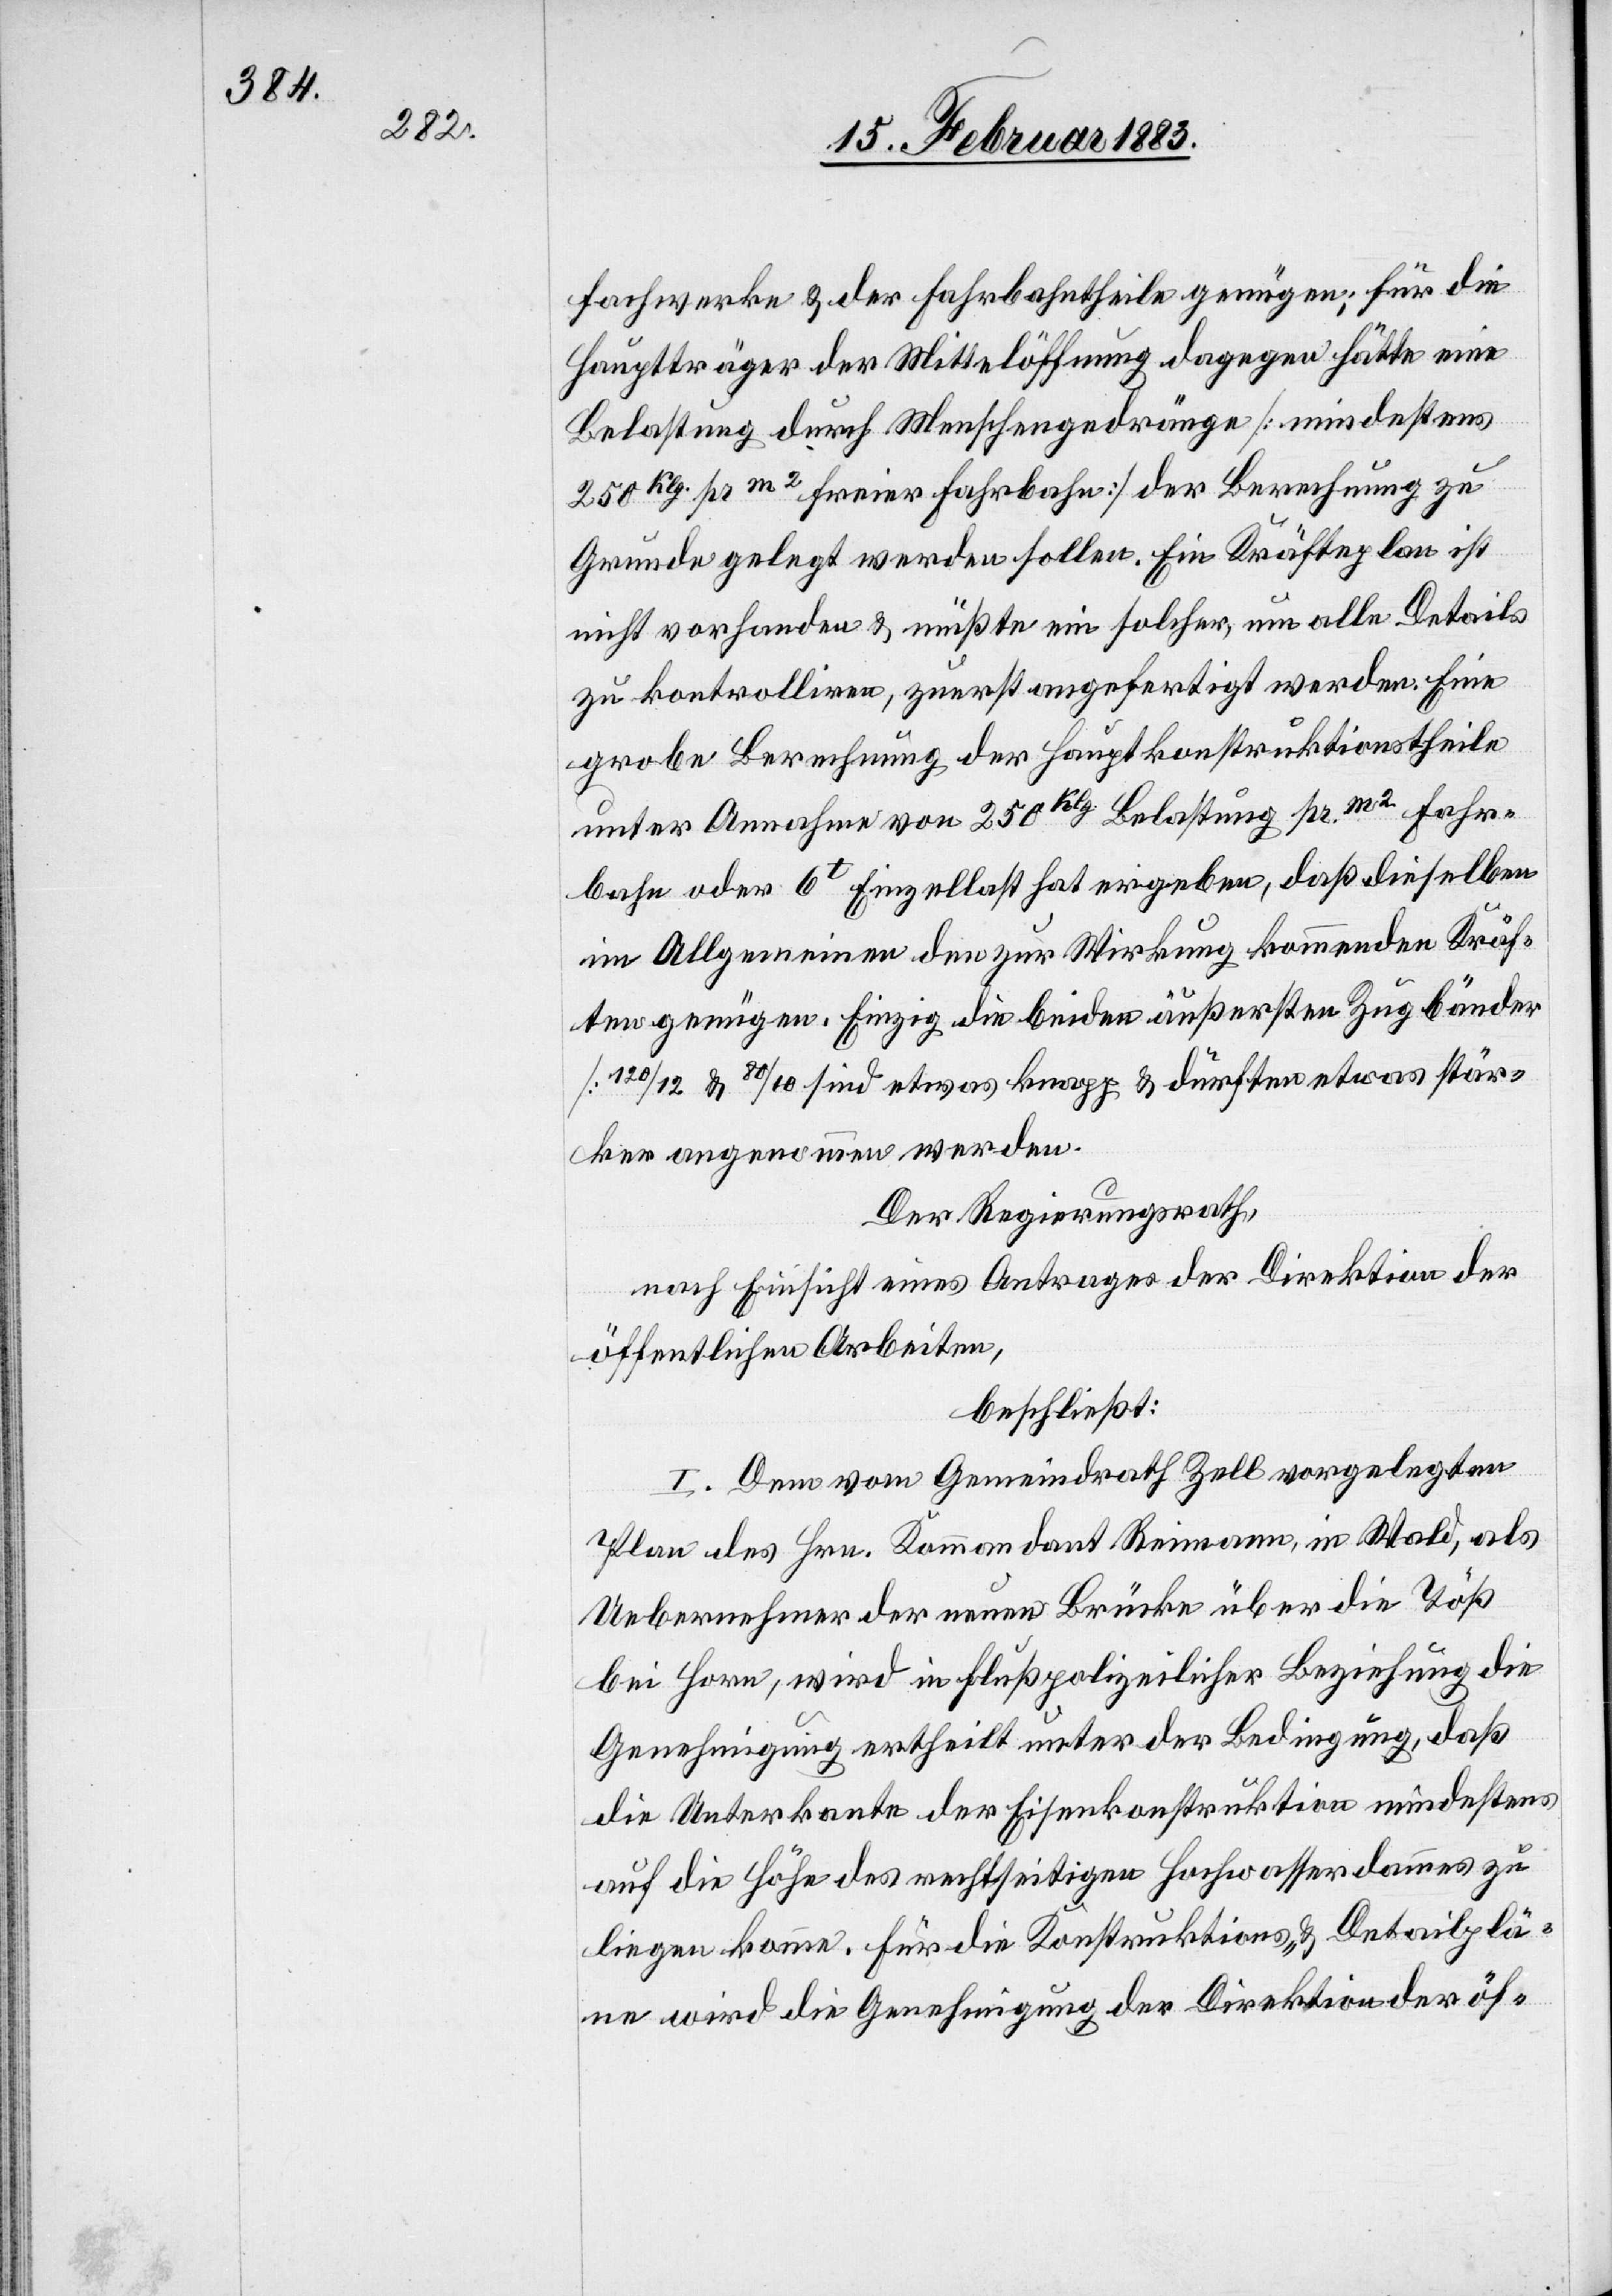
fachwerke & der Fahrbahntheile genügen; für die
Hauptträger der Mittelöffnung dagegen hätte eine
Belastung durch Menschengedränge [mindestens
250Klg. pr m2 freier Fahrbahn] der Berechnung zu
Grunde gelegt werden sollen. Ein Kräfteplan ist
nicht vorhanden & müßte ein solcher, um alle Details
zu kontrolliren, zuerst angefertigt werden. Eine
grobe Berechnung der Hauptkonstruktionstheile
unter Annahme von 250Klg. Belastung pr m2 Fahr¬
bahn oder 6t Einzellast hat ergeben, daß dieselben
im Allgemeinen den zur Wirkung kommenden Kräf¬
ten genügen. Einzig die beiden äußersten Zugbänder
[120/12 & 80/10] sind etwas knapp & dürften etwas stär¬
ker angenommen werden.
Der Regierungsrath,
nach Einsicht eines Antrages der Direktion der
öffentlichen Arbeiten,
beschließt:
I. Dem vom Gemeindrath Zell vorgelegten
Plan des Hrn. Kommandant Reimann, in Wald, als
Uebernehmer der neuen Brücke über die Töß
bei Horn, wird in flußpolizeilicher Beziehung die
Genehmigung ertheilt unter der Bedingung, daß
die Unterkante der Eisenkonstruktion mindestens
auf die Höhe des rechtseitigen Hochwasserdammes zu
liegen komme. Für die Konstruktions- & Detailplä¬
ne wird die Genehmigung der Direktion der öf-